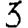
Digit: 3